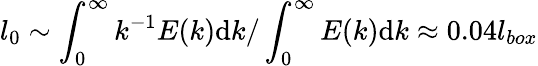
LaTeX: l_{0}\sim\int_{0}^{\infty}k^{-1}E(k)\mathrm{d}k/\int_{0}^{\infty}E(k)\mathrm{d}k\approx 0.04l_{box}